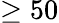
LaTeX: \ge 50